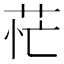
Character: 𦮝